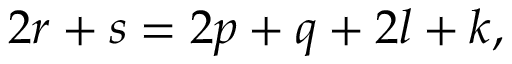
2 r + s = 2 p + q + 2 l + k ,